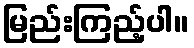
မြည်းကြည့်ပါ။